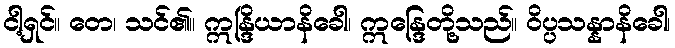
ငါ့ရှင်။ တေ၊ သင်၏။ ဣန္ဒြိယာနိခေါ၊ ဣန္ဒြေတို့သည်။ ဝိပ္ပသန္နာနိခေါ၊